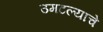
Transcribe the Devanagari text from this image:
उमटल्याचे